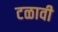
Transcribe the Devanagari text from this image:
टळावी